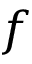
f